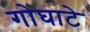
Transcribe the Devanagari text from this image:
गोघाटे